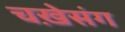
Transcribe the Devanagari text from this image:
चख़ेसंग